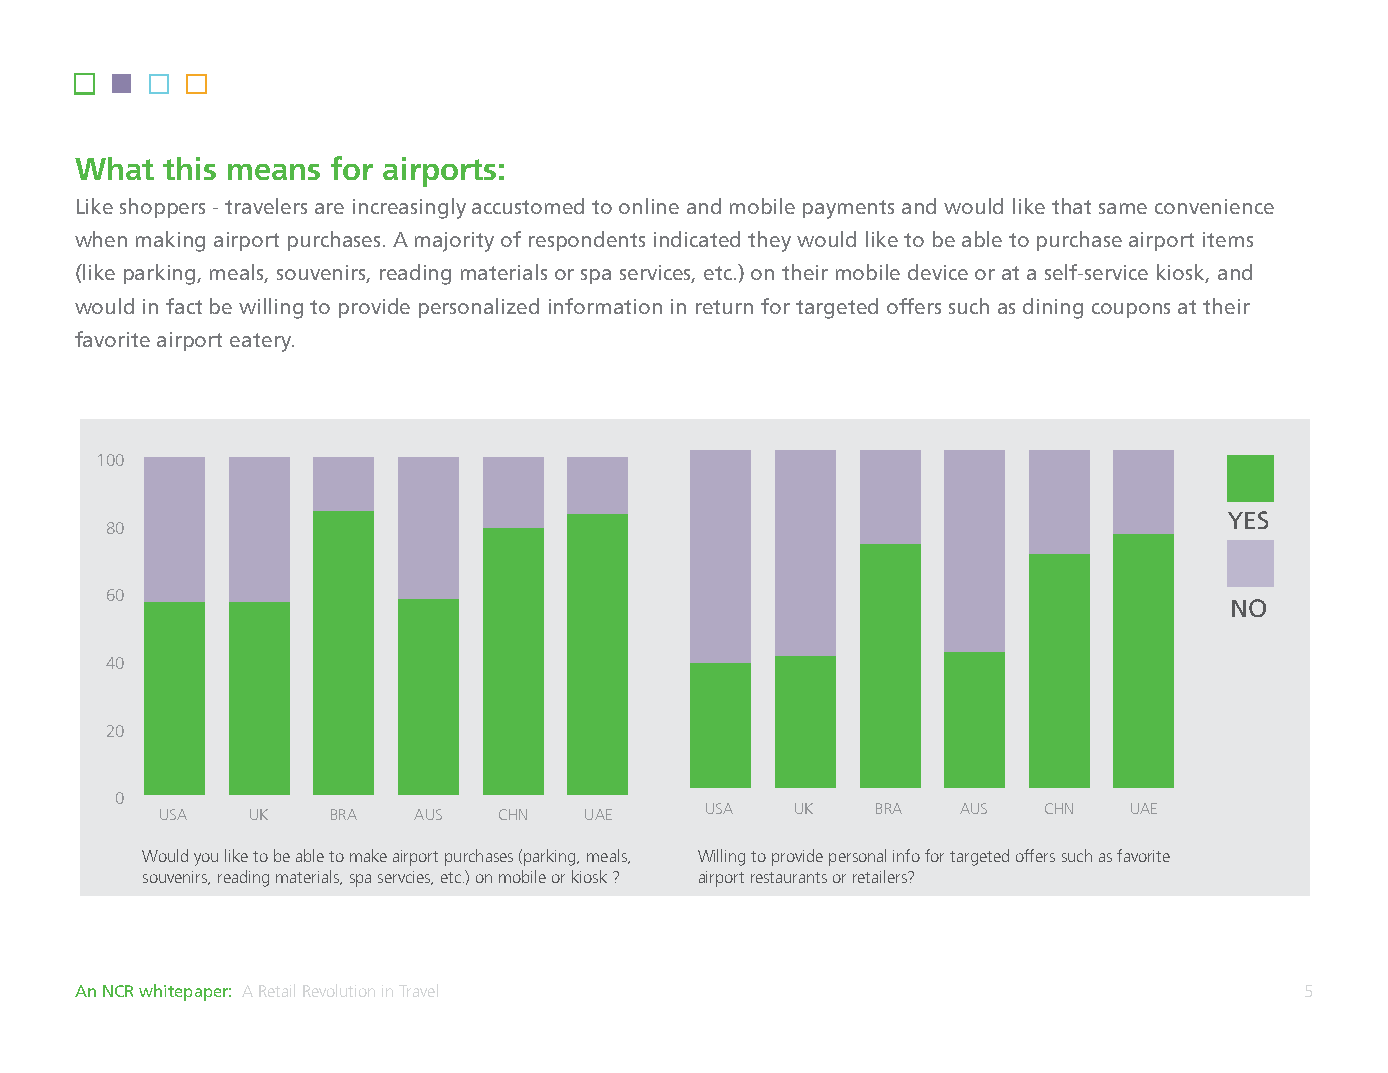
What  this means for airports:
 Like shoppers - travelers are increasingly accustomed to online and mobile payments and would like that same convenience
 when making airport purchases. A majority of respondents indicated they would like to be able to purchase airport items
 (like parking, meals, souvenirs, reading materials or spa services, etc.) on their mobile device or at a self-service kiosk, and
 would in fact be willing to provide personalized information in return for targeted offers such as dining coupons at their
 favorite airport eatery.
 100
 100
 80                                    YES
 80
 60
 60
 NO
 40
 40
 20
 20
 0
 0
 USA  UK    BRA  AUS   CHN   UAE     USA   UK   BRA   AUS  CHN   UAE
 Would you like to be able to make airport purchases (parking, meals, Willing to provide personal info for targeted offers such as favorite
 souvenirs, reading materials, spa servcies, etc.) on mobile or kiosk ? airport restaurants or retailers?
 An NCR whitepaper: A Retail Revolution in Travel                                 5